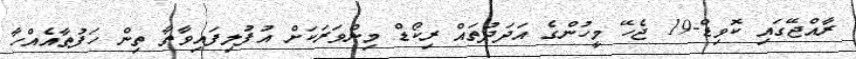
ރާއްޖޭގައި ކޮވިޑް-19 ޖެހޭ މީހުންގެ އަދަދުތައް ރިކޯޑް މިންވަރަކަށް އުފުލިފައިވާތާ ތިން ހަފުތާއެއްހާ